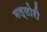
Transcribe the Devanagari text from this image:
मल्लोरी